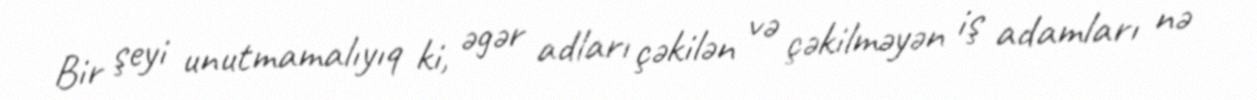
Bir şeyi unutmamalıyıq ki, əgər adları çəkilən və çəkilməyən iş adamları nə